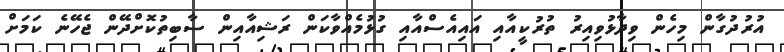
އުރުދުގާން މިހެން ވިދާޅުވިއިރު ތުރުކީއާއި އައިއެސްއާއި ގުޅުމެއްވާކަން ރަޝިއާއިން ސާބިތުކޮށްދޭން ޖެހޭނެ ކަމަށް